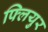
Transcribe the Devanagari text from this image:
फ्लियुर